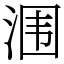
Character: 涠